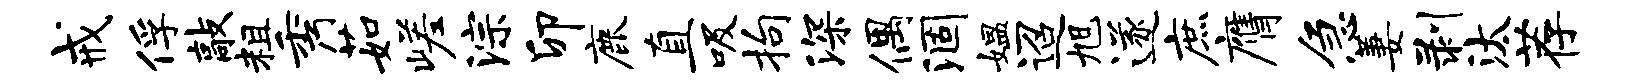
戒俘敲粗秀茹嵯淙卯鹿直吸拘深偶涸媪迢旭遂庶膺急萋剥汰荐